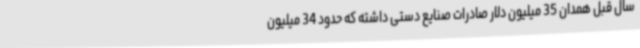
سال قبل همدان 35 میلیون دلار صادرات صنایع دستی داشته که حدود 34 میلیون